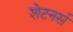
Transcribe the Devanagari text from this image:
शेटनर्स